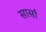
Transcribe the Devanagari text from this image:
सार्सा